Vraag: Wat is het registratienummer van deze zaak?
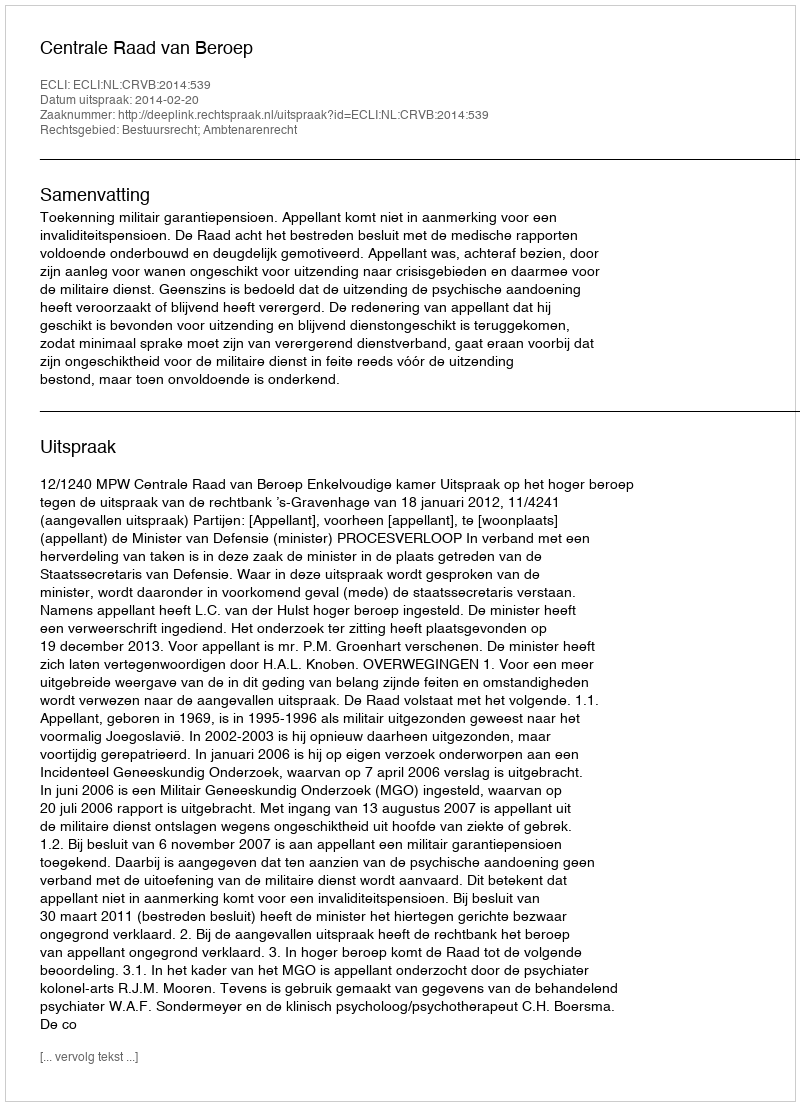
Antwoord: http://deeplink.rechtspraak.nl/uitspraak?id=ECLI:NL:CRVB:2014:539